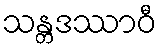
သန္တဒဿာဝီ